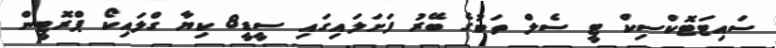
ސައިޓަޓޮކްސިކް ޓީ ސެލް ތަކުގެ ބޭރު ފަށަލައިގައި ސީޑީ8 ކިޔާ ގްލައިކޯ ޕްރޮޓީން